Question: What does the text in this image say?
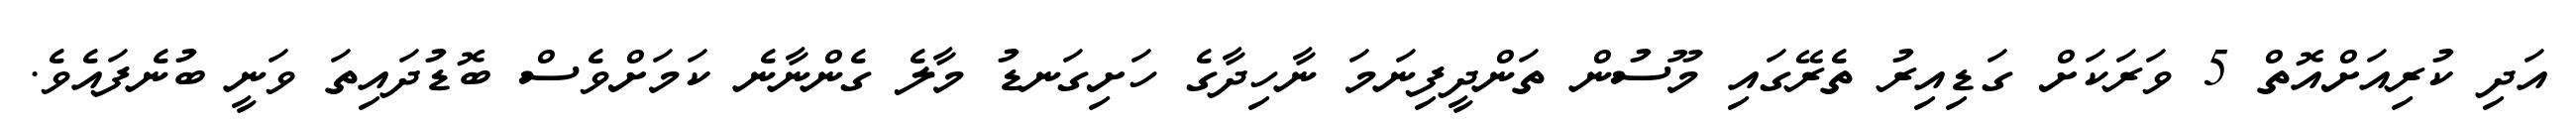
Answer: އަދި ކުރިއަށްއޮތް 5 ވަރަކަށް ގަޑިއިރު ތެރޭގައި މޫސުން ތަންދީފިނަމަ ނާހިދާގެ ހަށިގަނޑު މާލެ ގެންނާނެ ކަމަށްވެސް ބޮޑުދައިތަ ވަނީ ބުނެފައެވެ.